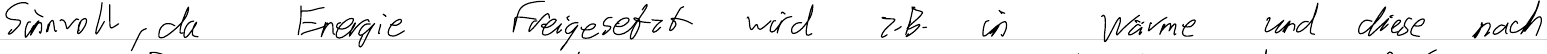
Sinnvoll, da Energie freigesetzt wird z.B. in Wärme und diese nach